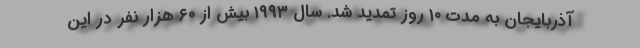
آذربایجان به مدت ۱۰ روز تمدید شد. سال ۱۹۹۳ بیش از ۶۰ هزار نفر در این